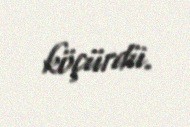
köçürdü.